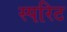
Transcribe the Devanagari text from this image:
स्परिट